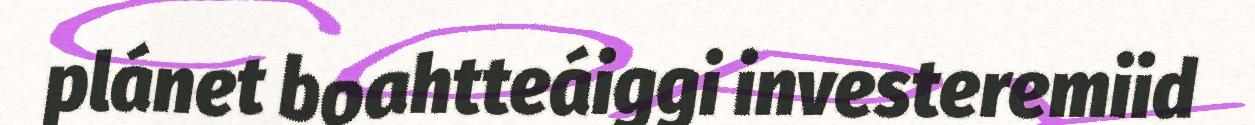
plánet boahtteáiggi investeremiid